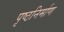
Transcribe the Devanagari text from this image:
पृष्ठनिर्माण